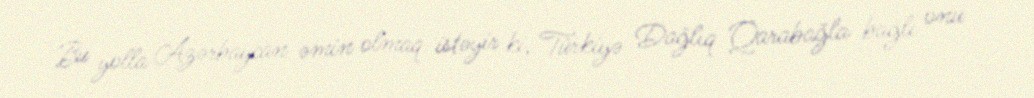
Bu yolla Azərbaycan əmin olmaq istəyir ki, Türkiyə Dağlıq Qarabağla bağlı onu